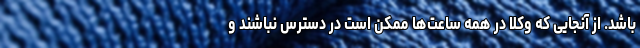
باشد. از آنجایی که وکلا در همه ساعت‌ها ممکن است در دسترس نباشند و